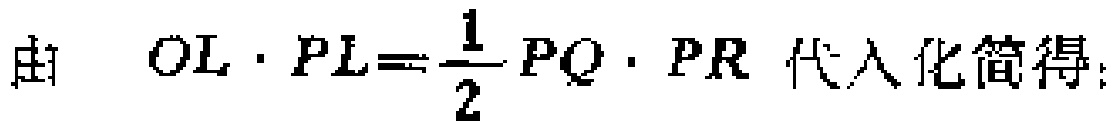
由 \(OL\cdot PL = \frac{1}{2}PQ\cdot PR\) 代入化简得: